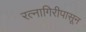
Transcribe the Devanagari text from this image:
रत्‍नागिरीपासून